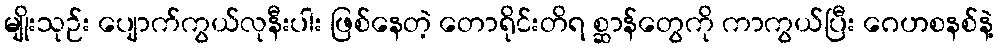
မျိုးသုဉ်း ပျောက်ကွယ်လုနီးပါး ဖြစ်နေတဲ့ တောရိုင်းတိရ စ္ဆာန်တွေကို ကာကွယ်ပြီး ဂေဟစနစ်နဲ့